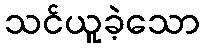
သင်ယူခဲ့သော